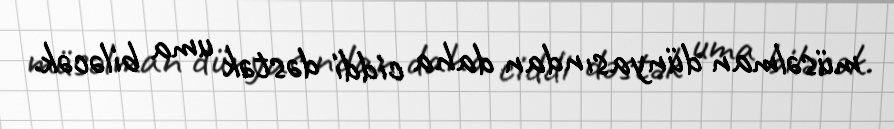
müsəlman dünyasından daha ciddi dəstək uma biləcək.